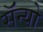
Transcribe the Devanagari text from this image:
सॅन्यो